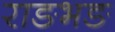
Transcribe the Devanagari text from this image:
राङभङ